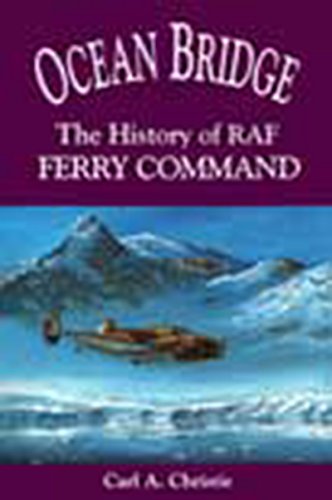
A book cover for Ocean Bridge: The History of RAF Ferry Command; Carl A. Christie; Literature & Fiction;